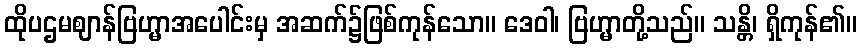
ထိုပဌမဈာန်ဗြဟ္မာအပေါင်းမှ အဆက်၌ဖြစ်ကုန်သော။ ဒေဝါ၊ ဗြဟ္မာတို့သည်။ သန္တိ၊ ရှိကုန်၏။